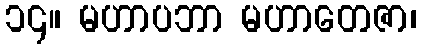
၁၄။ မဟာပဘာ မဟာတေဇာ၊